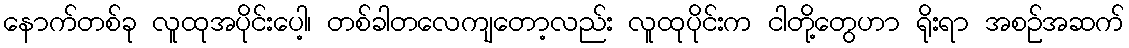
နောက်တစ်ခု လူထုအပိုင်းပေါ့၊ တစ်ခါတလေကျတော့လည်း လူထုပိုင်းက ငါတို့တွေဟာ ရိုးရာ အစဉ်အဆက်